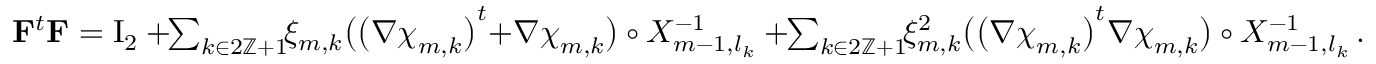
\begin{array} { r } { \mathbf { F } ^ { t } \mathbf { F } = \ensuremath { \mathrm { I } _ { 2 } } + \! \! \sum _ { k \in 2 \ensuremath { \mathbb { Z } } + 1 } \! \! \xi _ { m , k } \bigl ( \bigl ( \nabla { \boldsymbol { \chi } } _ { m , k } \bigr ) ^ { t } { + } \nabla { \boldsymbol { \chi } } _ { m , k } \bigr ) \circ X _ { m - 1 , l _ { k } } ^ { - 1 } + \! \! \sum _ { k \in 2 \ensuremath { \mathbb { Z } } + 1 } \! \! \xi _ { m , k } ^ { 2 } \bigl ( \bigl ( \nabla { \boldsymbol { \chi } } _ { m , k } \bigr ) ^ { t } \nabla { \boldsymbol { \chi } } _ { m , k } \bigr ) \circ X _ { m - 1 , l _ { k } } ^ { - 1 } \, . } \end{array}